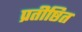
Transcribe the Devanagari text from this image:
प्रतीष्ठित